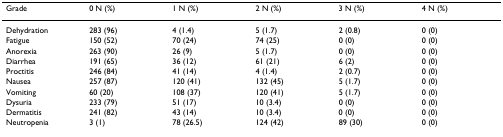
<table><thead><tr><td><b>Grade</b></td><td><b>0 N (%)</b></td><td><b>1 N (%)</b></td><td><b>2 N (%)</b></td><td><b>3 N (%)</b></td><td><b>4 N (%)</b></td></tr></thead><tbody><tr><td>Dehydration</td><td>283 (96)</td><td>4 (1.4)</td><td>5 (1.7)</td><td>2 (0.8)</td><td>0 (0)</td></tr><tr><td>Fatigue</td><td>150 (52)</td><td>70 (24)</td><td>74 (25)</td><td>0 (0)</td><td>0 (0)</td></tr><tr><td>Anorexia</td><td>263 (90)</td><td>26 (9)</td><td>5 (1.7)</td><td>0 (0)</td><td>0 (0)</td></tr><tr><td>Diarrhea</td><td>191 (65)</td><td>36 (12)</td><td>61 (21)</td><td>6 (2)</td><td>0 (0)</td></tr><tr><td>Proctitis</td><td>246 (84)</td><td>41 (14)</td><td>4 (1.4)</td><td>2 (0.7)</td><td>0 (0)</td></tr><tr><td>Nausea</td><td>257 (87)</td><td>120 (41)</td><td>132 (45)</td><td>5 (1.7)</td><td>0 (0)</td></tr><tr><td>Vomiting</td><td>60 (20)</td><td>108 (37)</td><td>120 (41)</td><td>5 (1.7)</td><td>0 (0)</td></tr><tr><td>Dysuria</td><td>233 (79)</td><td>51 (17)</td><td>10 (3.4)</td><td>0 (0)</td><td>0 (0)</td></tr><tr><td>Dermatitis</td><td>241 (82)</td><td>43 (14)</td><td>10 (3.4)</td><td>0 (0)</td><td>0 (0)</td></tr><tr><td>Neutropenia</td><td>3 (1)</td><td>78 (26.5)</td><td>124 (42)</td><td>89 (30)</td><td>0 (0)</td></tr></tbody></table>